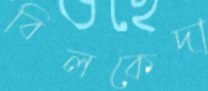
বিলকেদা